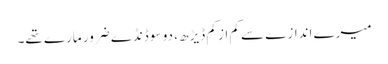
میرے اندازے سے کم از کم ڈیڑھ ، دو سو ڈنڈے ضرور مارے تھے۔